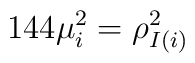
144 \mu _i^2= \rho_{I(i)}^2